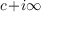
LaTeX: c \! + \! i \infty